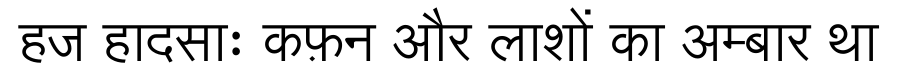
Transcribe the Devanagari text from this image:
हज हादसाः कफ़न और लाशों का अम्बार था